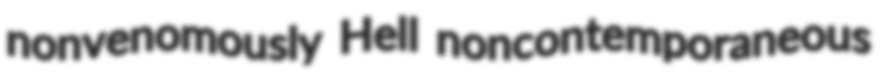
nonvenomously Hell noncontemporaneous